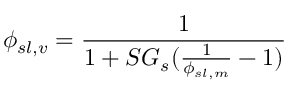
\phi _ { s l , v } = { \frac { 1 } { 1 + S G _ { s } ( { \frac { 1 } { \phi _ { s l , m } } } - 1 ) } }